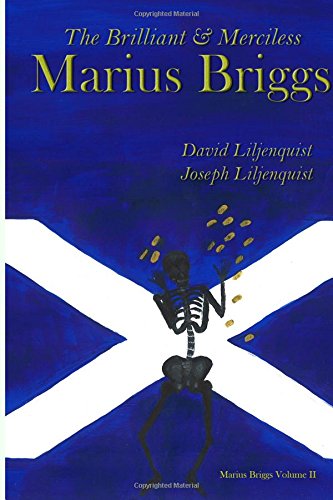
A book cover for The Brilliant and Merciless Marius Briggs (Volume 2); David Liljenquist; Literature & Fiction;